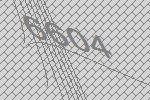
6604